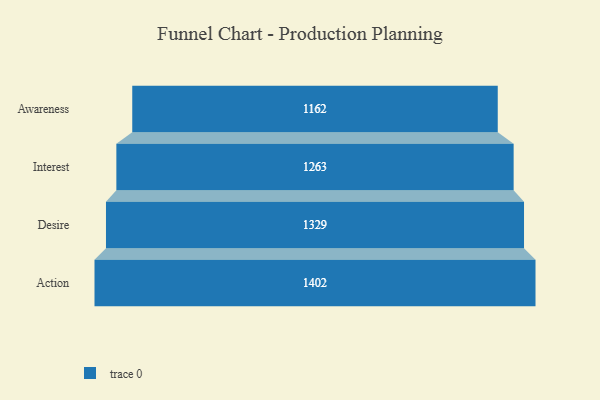
{"axis": {"x": "Stage", "y": "Value"}, "legend": [""], "data": [{"x": "Awareness", "y": 1162.0, "type": ""}, {"x": "Interest", "y": 1263.0, "type": ""}, {"x": "Desire", "y": 1329.0, "type": ""}, {"x": "Action", "y": 1402.0, "type": ""}]}